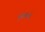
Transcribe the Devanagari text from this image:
भुजलाचे